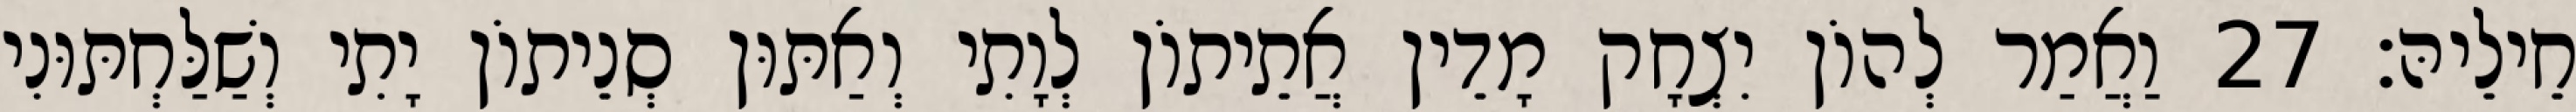
חֵילֵיהּ׃ 27 וַאֲמַר לְהוֹן יִצְחָק מָדֵין אֲתֵיתוֹן לְוָתִי וְאַתּוּן סְנֵיתוֹן יָתִי וְשַׁלַּחְתּוּנִי